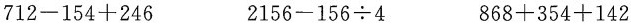
712-154+246 2156-156\div4 868+354+142